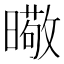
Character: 曔